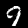
Label: 9